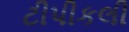
ટીપીકલી